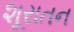
શૂરાતન